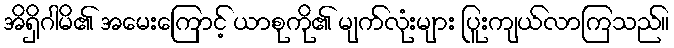
အိရှိဂါမိ၏ အမေးကြောင့် ယာစုကို၏ မျက်လုံးများ ပြူးကျယ်လာကြသည်။